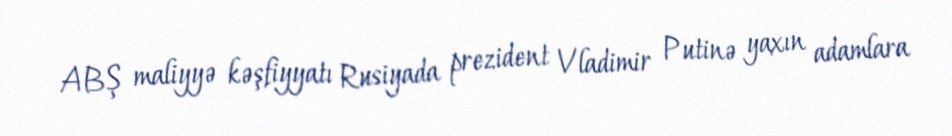
ABŞ maliyyə kəşfiyyatı Rusiyada prezident Vladimir Putinə yaxın adamlara